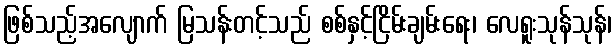
ဖြစ်သည့်အလျောက် မြသန်းတင့်သည် စစ်နှင့်ငြိမ်းချမ်းရေး၊ လေရူးသုန်သုန်၊